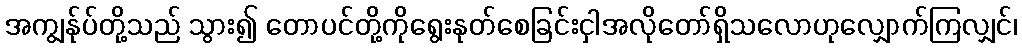
အကျွန်ုပ်တို့သည် သွား၍ တောပင်တို့ကိုရွေးနုတ်စေခြင်းငှါအလိုတော်ရှိသလောဟုလျှောက်ကြလျှင်၊